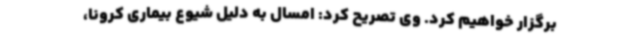
برگزار خواهیم کرد. وی تصریح کرد: امسال به دلیل شیوع بیماری کرونا،